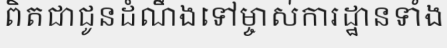
ពិតជាជូនដំណឹងទៅម្ចាស់ការដ្ឋានទាំង